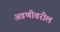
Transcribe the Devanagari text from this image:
अडणीवरील